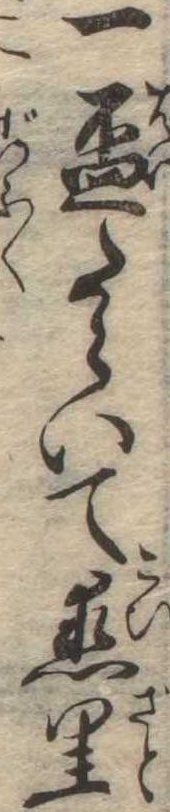
一杯たらいて恋里